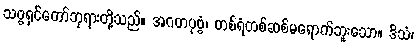
သဗ္ဗရှင်တော်ဘုရားတို့သည်။ အဂတပုဗ္ဗံ၊ တစ်ရံတစ်ဆစ်မရောက်ဘူးသော။ ဒိသံ၊